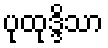
ပုထုဒ္ဒိသာ